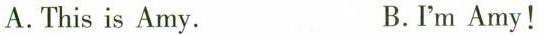
A. This is Amy. B.I'm Amy!